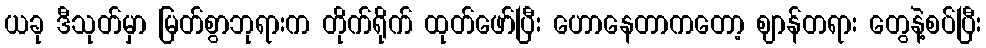
ယခု ဒီသုတ်မှာ မြတ်စွာဘုရားက တိုက်ရိုက် ထုတ်ဖော်ပြီး ဟောနေတာကတော့ ဈာန်တရား တွေနဲ့စပ်ပြီး